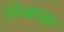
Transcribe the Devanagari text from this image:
सिम्बायन